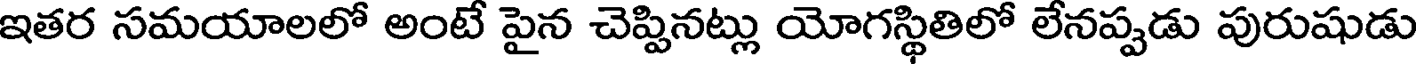
ఇతర సమయాలలో అంటే పైన చెప్పినట్లు యోగస్థితిలో లేనప్పడు పురుషుడు